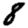
Digit: 8